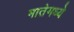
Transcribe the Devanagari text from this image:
मातेमध्ये